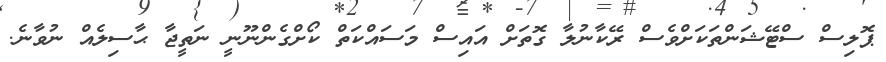
ޕޮލިސް ސްޓޭޝަންތަކަށްވެސް ރޭކާނުލާ ގޮތަށް އައިސް މަސައްކަތް ކޯށްގެންނޫނީ ނަތީޖާ ޙާސިލެއް ނުވާނެ.